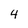
Character: 4